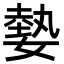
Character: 𡠦